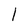
Character: 1